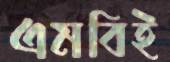
এমবিই